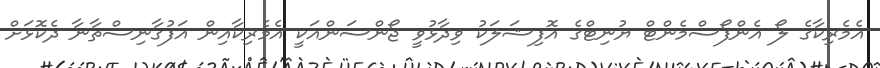
އެމެރިކާގެ ލޯ އެންފޯސްމެންޓް ޔުނިޓްގެ އޮފިޝަލަކު ވިދާޅުވީ ޖޯންސަންއަކީ އެމެރިކާއިން އަފުގާނިސްތާނާ ދެކޮޅަށް